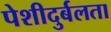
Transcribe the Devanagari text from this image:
पेशीदुर्बलता